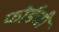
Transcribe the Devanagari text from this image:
फोर्डची